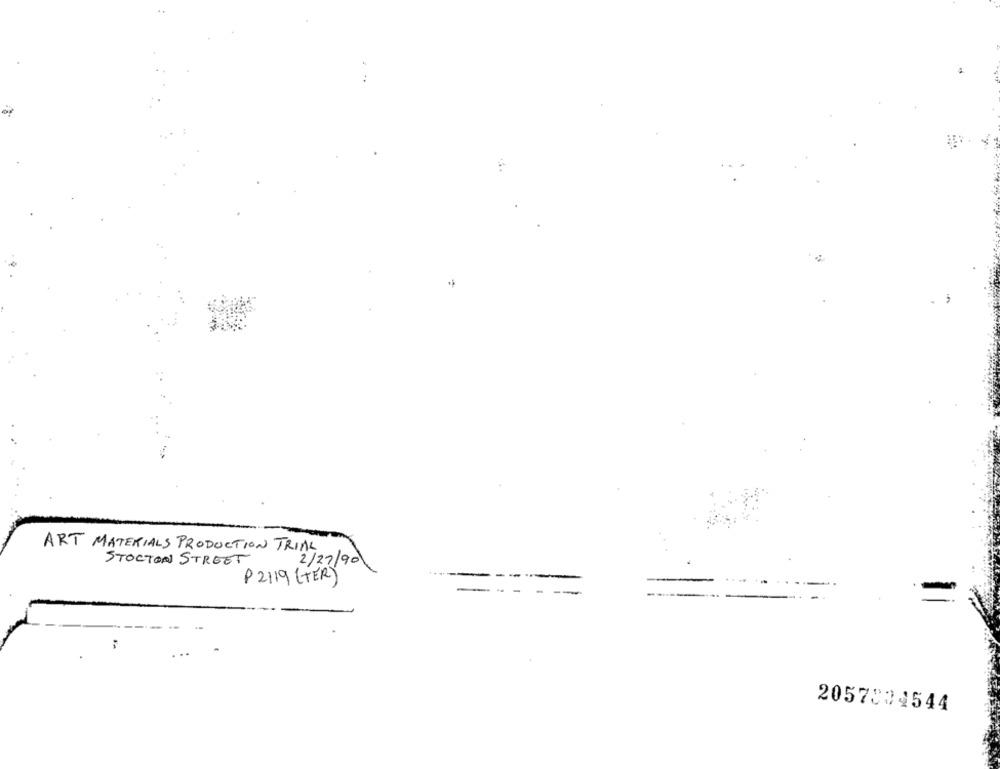
ART MATERIALS PRODUCTION TRIAL
STOCTON STREET
2/27/90
P2119 (TER)
2057004544